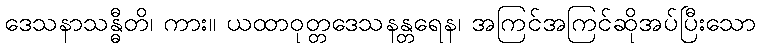
ဒေသနာသန္ဓီတိ၊ ကား။ ယထာဝုတ္တဒေသနန္တရေန၊ အကြင်အကြင်ဆိုအပ်ပြီးသော